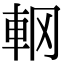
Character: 𨊾